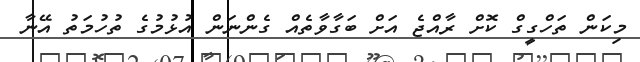
މިކަން ތަހްގީގް ކޮށް ރާއްޖެ އަށް ބަގާވާތެއް ގެންނަން އުޅުމުގެ ތުހުމަތު އޭނާ